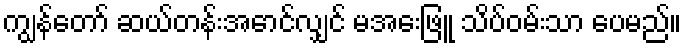
ကျွန်တော် ဆယ်တန်းအောင်လျှင် မအေးဖြူ သိပ်ဝမ်းသာ ပေမည်။